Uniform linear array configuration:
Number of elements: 16
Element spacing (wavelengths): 0.5
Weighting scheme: hann
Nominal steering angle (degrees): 45
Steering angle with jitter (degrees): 44.316
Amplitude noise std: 0.05
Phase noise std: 0.05

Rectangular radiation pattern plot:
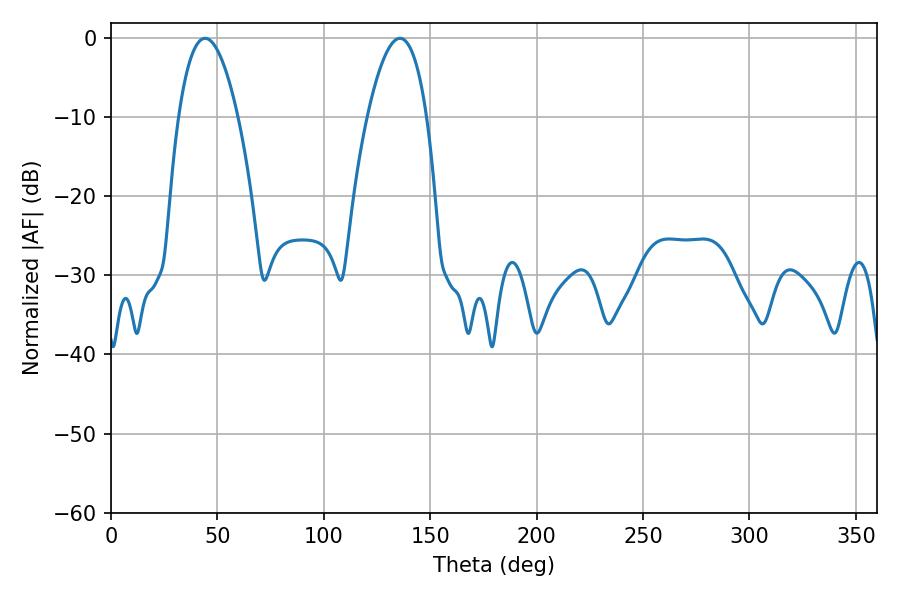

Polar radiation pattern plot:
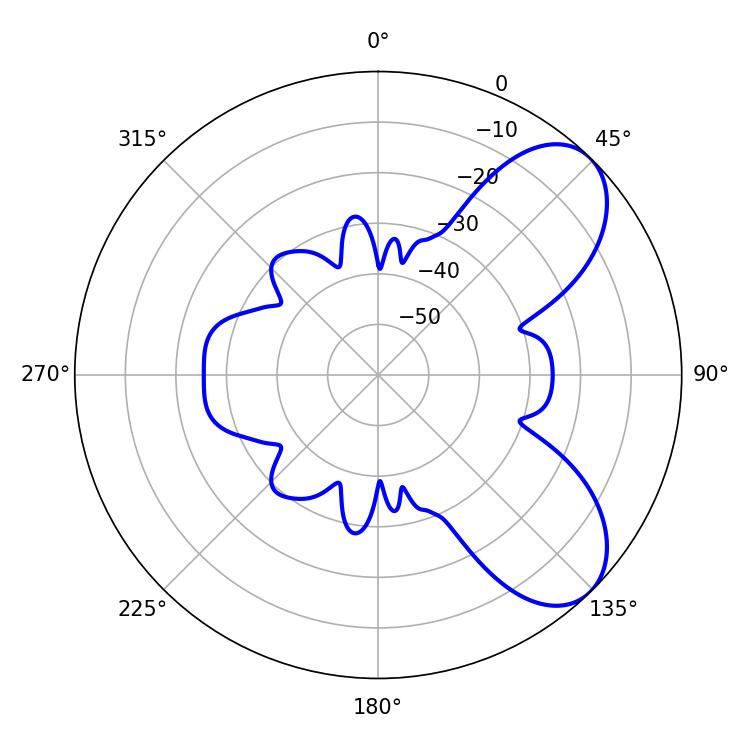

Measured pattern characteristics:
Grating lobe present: FALSE
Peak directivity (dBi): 6.953
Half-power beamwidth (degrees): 15.48
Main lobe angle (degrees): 44.28